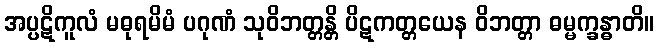
အပ္ပဋိကူလံ မဓုရမိမံ ပဂုဏံ သုဝိဘတ္တန္တိ ပိဋကတ္တယေန ဝိဘတ္တာ ဓမ္မက္ခန္ဓာတိ။